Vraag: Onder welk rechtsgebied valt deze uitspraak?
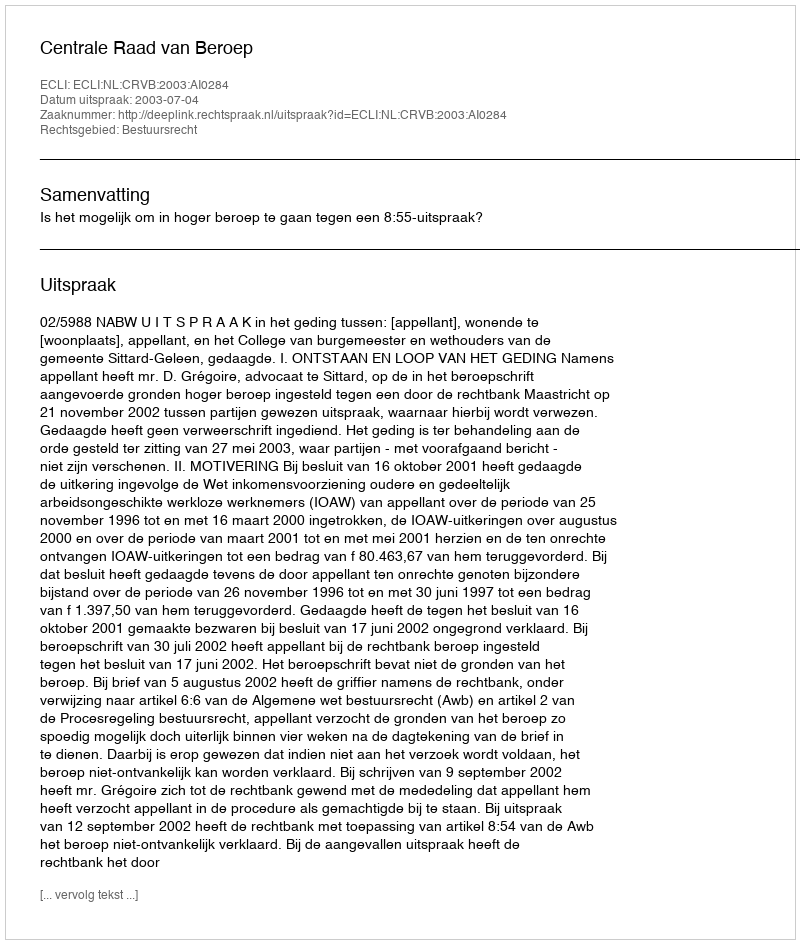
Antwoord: Bestuursrecht